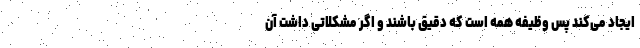
ایجاد می‌کند پس وظیفه همه است که دقیق باشند و اگر مشکلاتی داشت آن